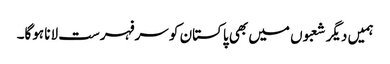
ہمیں دیگر شعبوں میں بھی پاکستان کو سرفہرست لانا ہوگا۔